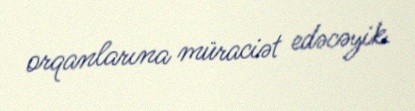
orqanlarına müraciət edəcəyik.